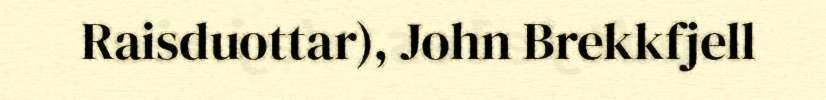
Raisduottar), John Brekkfjell